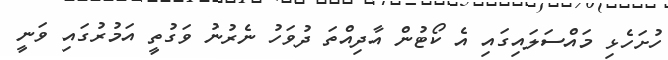
ހުށަހެޅި މައްސަލައިގައި އެ ކޯޓުން އާދިއްތަ ދުވަހު ނެރުނު ވަގުތީ އަމުރުގައި ވަނީ